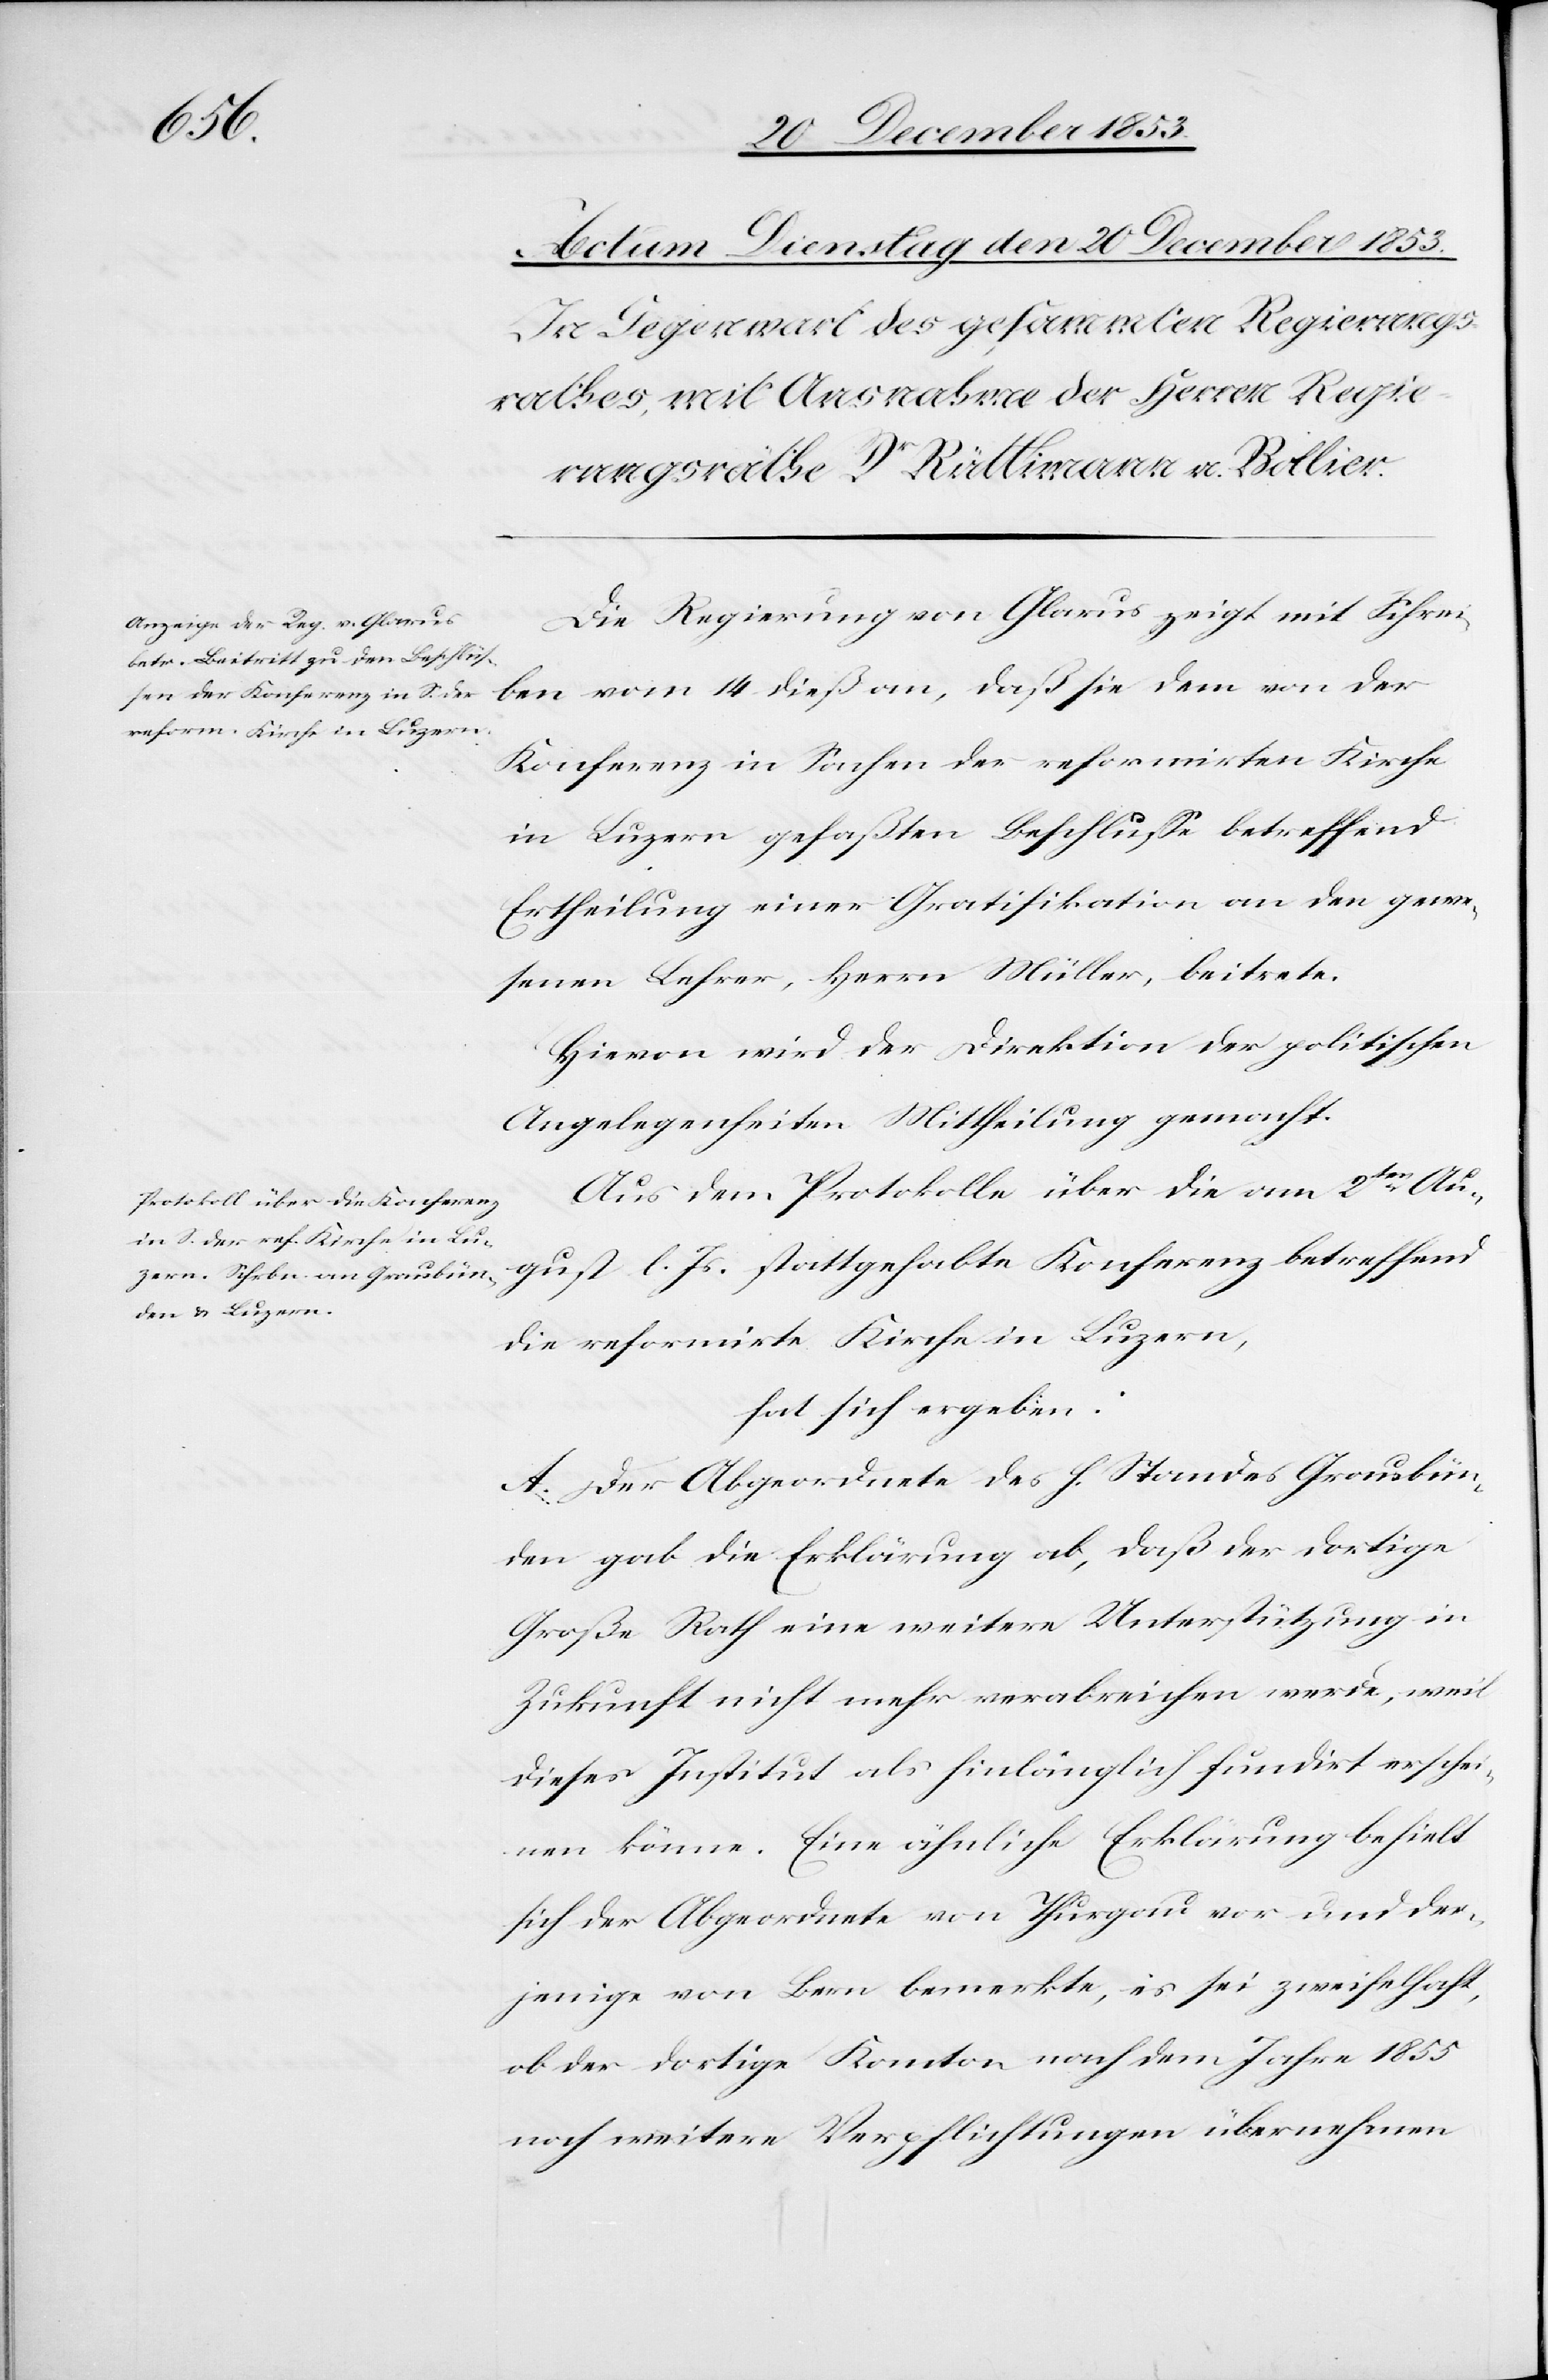
Die Regierung von Glarus zeigt mit Schrei¬
ben vom 14 dieß an, daß sie dem von der
Konferenz in Sachen der reformirten Kirche
in Luzern gefaßten Beschluße betreffend
Ertheilung einer Gratifikation an den gewe¬
senen Lehrer, Herrn Müller, beitrete.
Hievon wird der Direktion der politischen
Angelegenheiten Mittheilung gemacht.
Aus dem Protokolle über die am 2ten Au¬
gust l. Js. stattgehabte Konferenz betreffend
die reformirte Kirche in Luzern,
hat sich ergeben:
A. Der Abgeordnete des h. Standes Graubün¬
den gab die Erklärung ab, daß der dortige
Große Rathe eine weitere Unterstützung in
Zukunft nicht mehr verabreichen werde, weil
dieses Institut als hinlänglich fundirt erschei¬
nen könne. Eine ähnliche Erklärung behielt
sich der Abgeordnete von Thurgau vor und der¬
jenige von Bern bemerkte, es sei unzweifelhaft,
ob der dortige Kanton nach dem Jahre 1855
noch weitere Verpflichtungen übernehmen